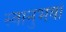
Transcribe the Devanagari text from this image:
स्वानुभवों